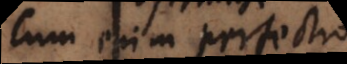
Cum enim perfectio